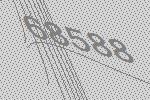
68588